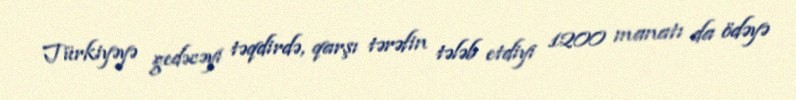
Türkiyəyə gedəcəyi təqdirdə, qarşı tərəfin tələb etdiyi 1200 manatı da ödəyə